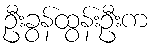
ဦးခွန်ထွန်းဦးက